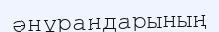
әнұрандарының